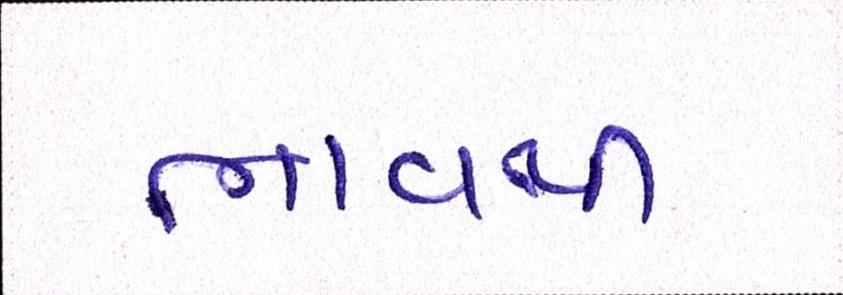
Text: ભાવથી